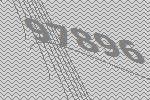
97896